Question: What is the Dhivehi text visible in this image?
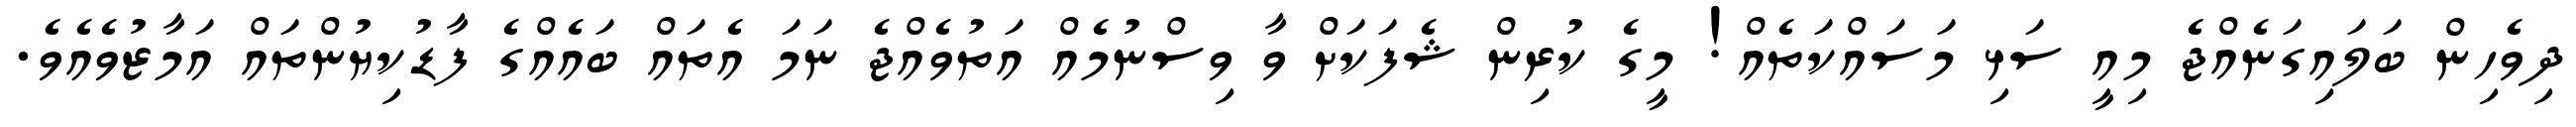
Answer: ދިވެހިން ބަލައިގަނެއްޖެ މިއީ ސަޅި މަސައްކަތެއް! މީގެ ކުރިން ޝެފަކަށް ވާ ވިސްނުމެއް އަތުވެއްޖެ ނަމަ އެތައް ބައެއްގެ ފާޑުކިޔުންތައް އަމާޒުވެއެވެ.